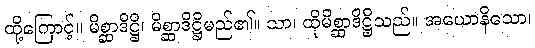
ထို့ကြောင့်။ မိစ္ဆာဒိဋ္ဌိ၊ မိစ္ဆာဒိဋ္ဌိမည်၏။ သာ၊ ထိုမိစ္ဆာဒိဋ္ဌိသည်။ အယောနိသော၊